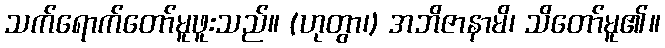
သက်ရောက်တော်မူဖူးသည်။ (ဟုတွာ၊) အဘိဇာနာမိ၊ သိတော်မူ၏။